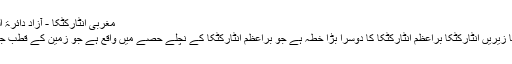
مغربی انٹارکٹکا - آزاد دائرۃ المعارف، ویکیپیڈیا
مغربی انٹارکٹکا یا زیریں انٹارکٹکا براعظم انٹارکٹکا کا دوسرا بڑا خطہ ہے جو براعظم انٹارکٹکا کے نچلے حصے میں واقع ہے جو زمین کے قطب جنوبی کی انتہا ہے۔